Eesti_Vabariigi_Tartu_Ulikool, lk 9
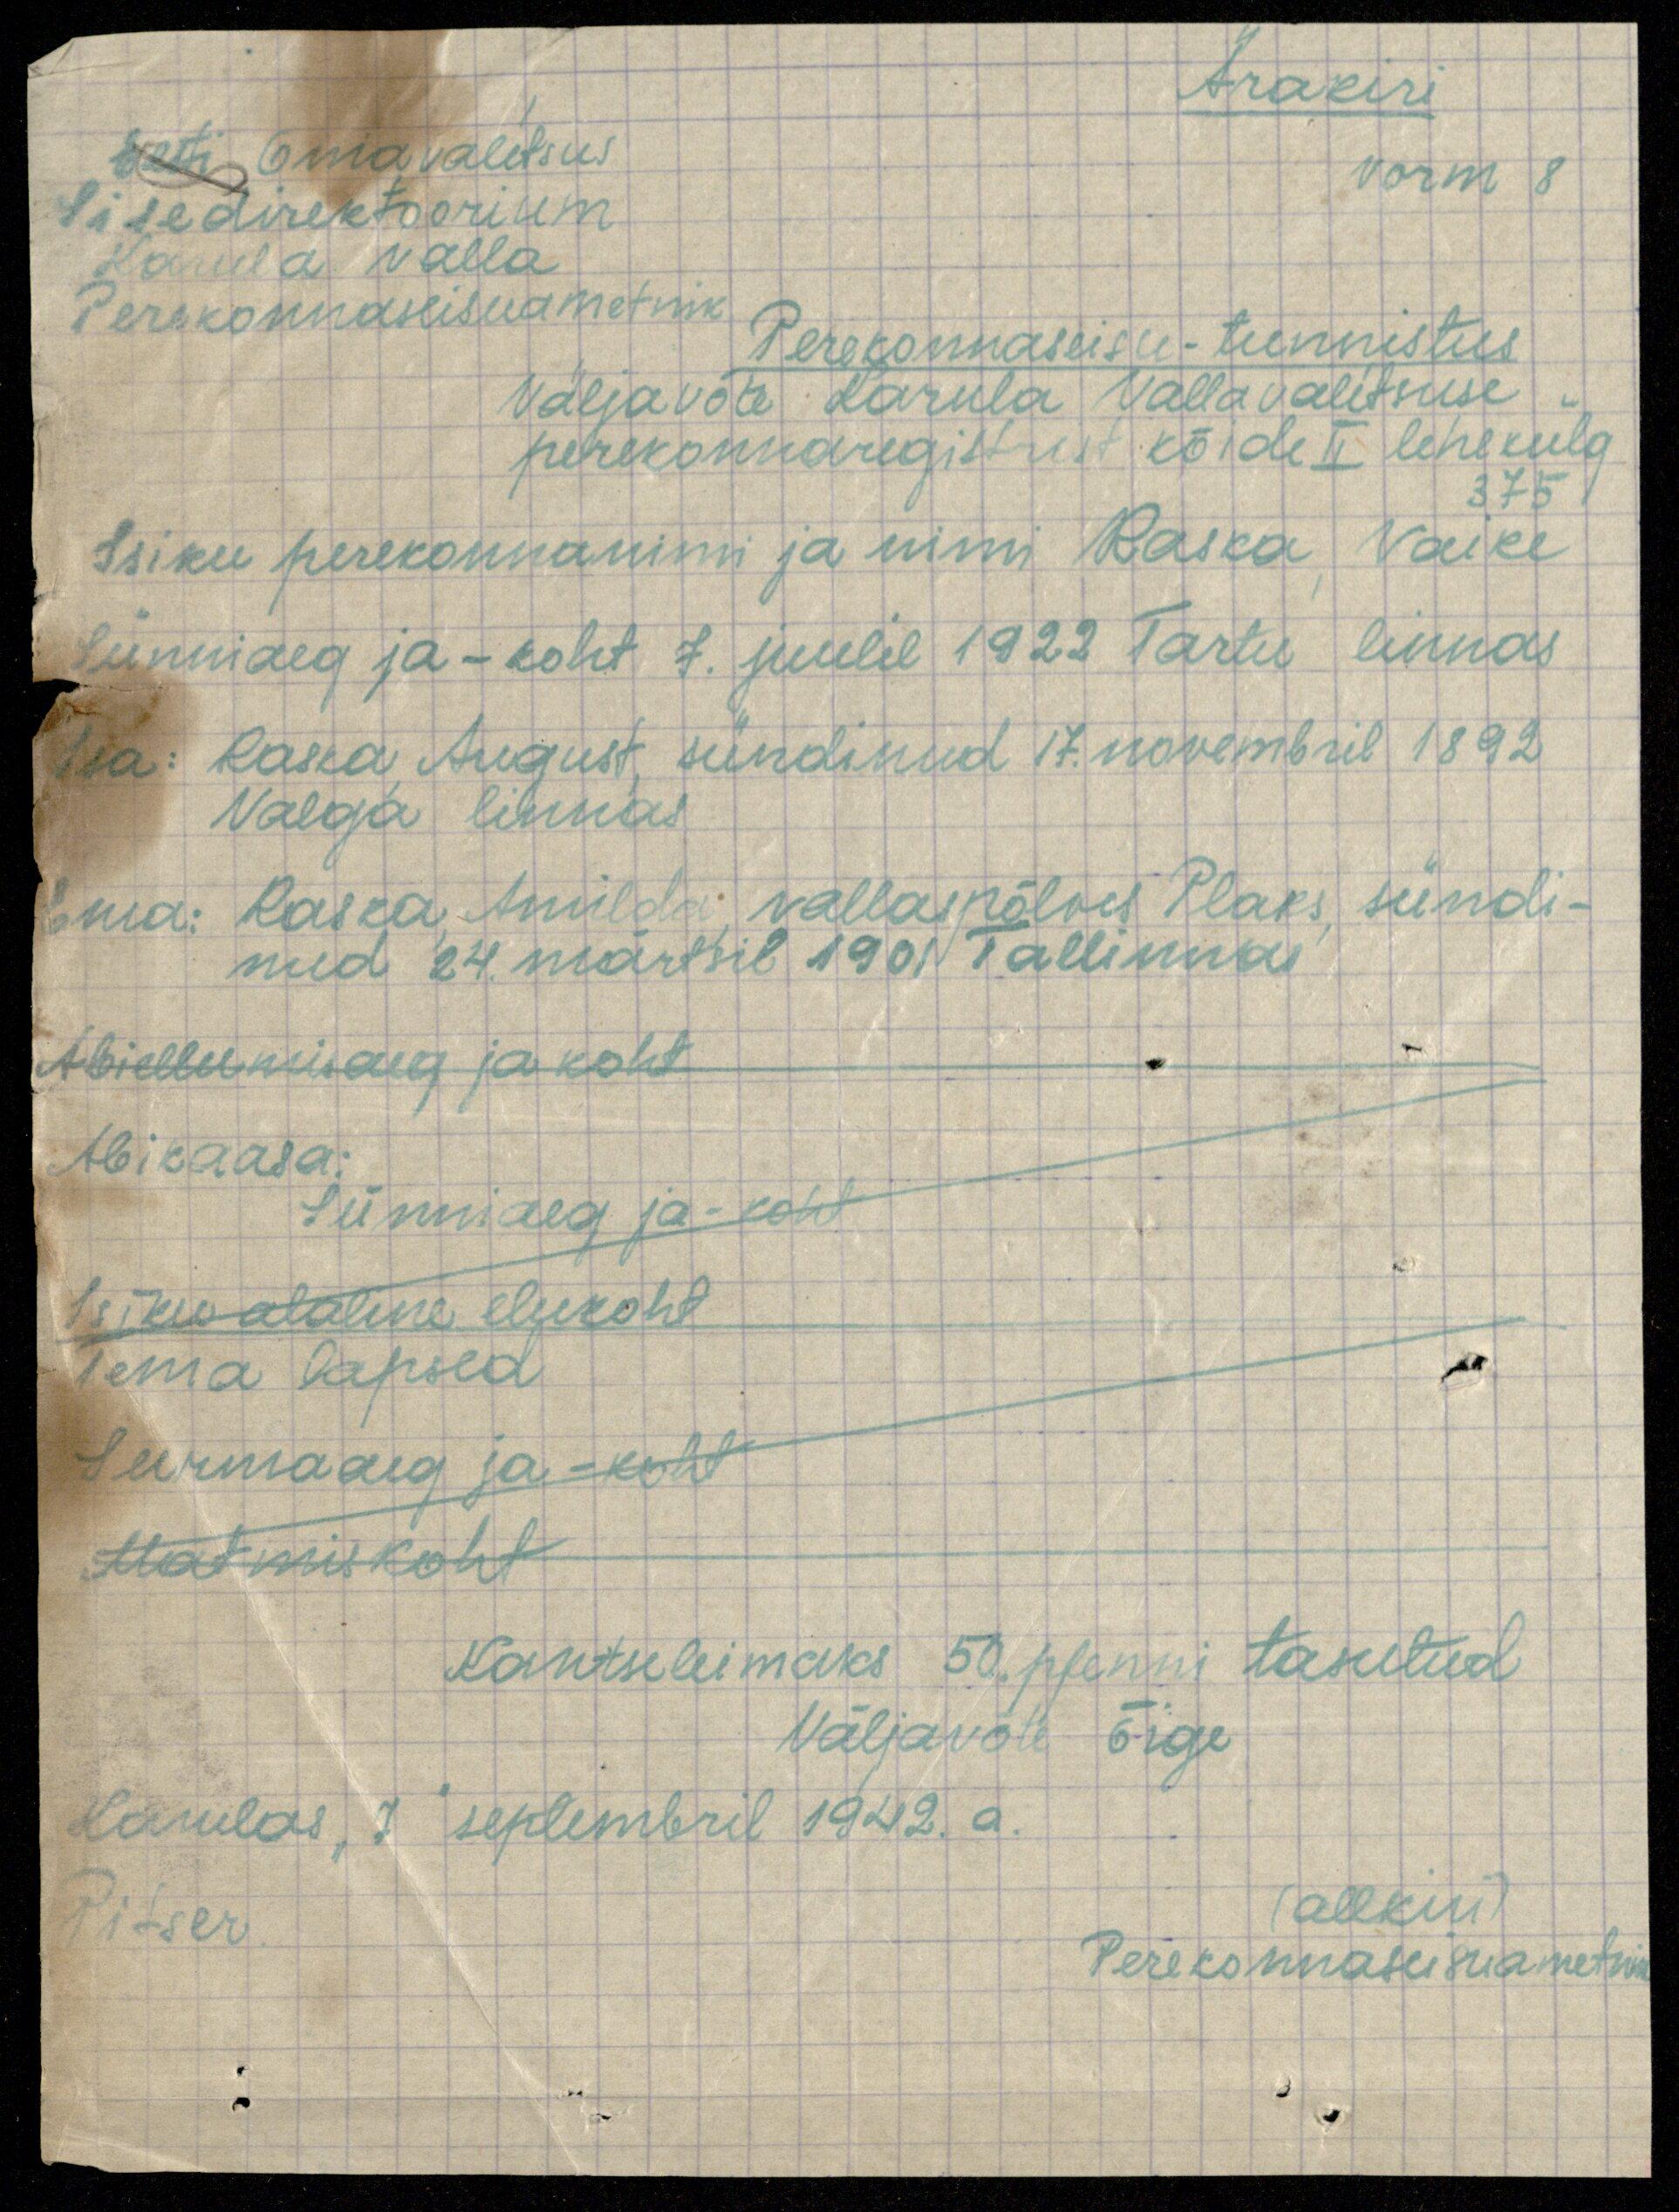
Ärakiri
Vorm 8
Eesti Omavalitsus
Sisedirektoorium
Karula valla
Perekonnaseisuametnik
Perekonnaseisu-tunnistus
Väljavõte Karula Vallavalitsuse
perekonnaregistrist köide II lehekülg
375
Isiku perekonnanimi ja nimi Raska Vaike
sünniaeg ja -koht 7. juulil 1922 Tartu linnas
Isa: Raska, August, sündinud 17. novembril 1892
Valga linnas
Ema: Raska, Amilda, vallaspõlves Plaks, sündi-
nud 24. märtsil 1901 Tallinnas
Abiellumisaeg ja koht
Abikaasa:
Sünniaeg ja-koht
Isiku alaline elukoht
Tema lapsed
Surmaaeg ja -koht
Matmiskoht
Kantseleimaks 50. pfenni tasutud
Väljavõte õige
Karulas, 7" seplembril 1942. a.
Pitser
(allkiri)
Perekonnaseisuametnik